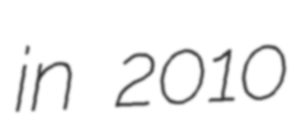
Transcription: in 2010